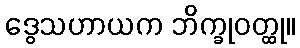
ဒွေသဟာယက ဘိက္ခုဝတ္ထု။